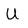
Character: u